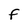
Character: F